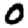
Digit: 0